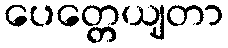
ပေတ္တေယျတာ